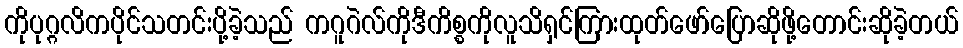
ကိုပုဂ္ဂလိကပိုင်သတင်းပို့ခဲ့သည် ကဂူဂဲလ်ကိုဒီကိစ္စကိုလူသိရှင်ကြားထုတ်ဖော်ပြောဆိုဖို့တောင်းဆိုခဲ့တယ်